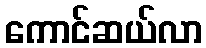
ကောင်ဆယ်လာ